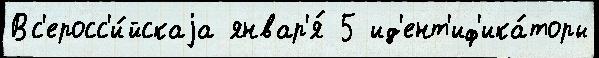
Вс'еросс'и́йскаjа январ'я́ 5 ид'ент'иф'ика́торы